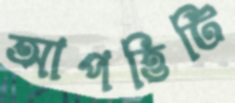
আপত্তিটি